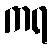
ကရ